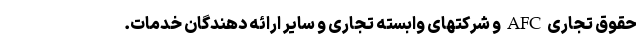
حقوق تجاری AFC و شرکتهای وابسته تجاری و سایر ارائه دهندگان خدمات.